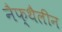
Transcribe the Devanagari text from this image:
नैफ्थैलीन